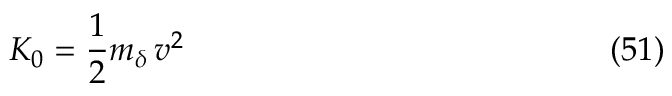
K _ { 0 } = { \frac { 1 } { 2 } } m _ { \delta } \, v ^ { 2 } \eqno ( 5 1 )